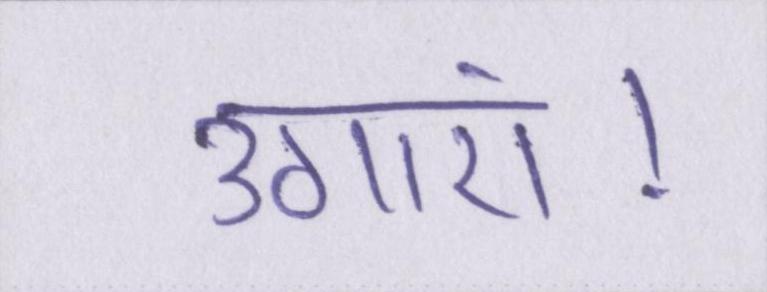
उगाएं।